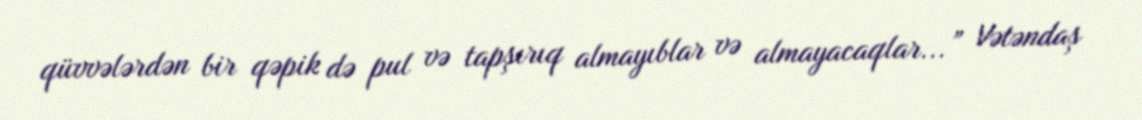
qüvvələrdən bir qəpik də pul və tapşırıq almayıblar və almayacaqlar...” Vətəndaş